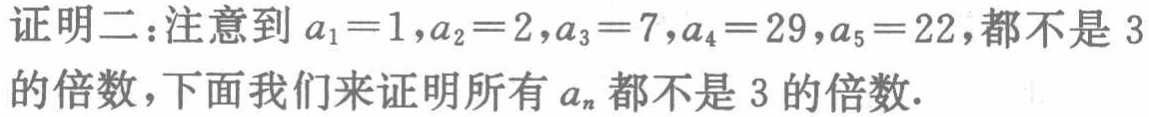
证明二：注意到 \(a_1 = 1,a_2 = 2,a_3 = 7,a_4 = 29,a_5 = 22\)，都不是 \(3\) 的倍数，下面我们来证明所有 \(a_n\) 都不是 \(3\) 的倍数.